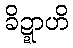
ခိဍ္ဍာဟိ